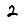
Digit: 2